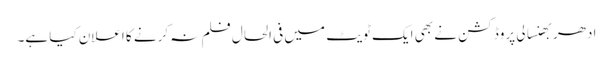
ادھر بھنسالی پروڈکشن نے بھی ایک ٹویٹ میں فی الحال فلم نہ کرنے کا اعلان کیا ہے۔